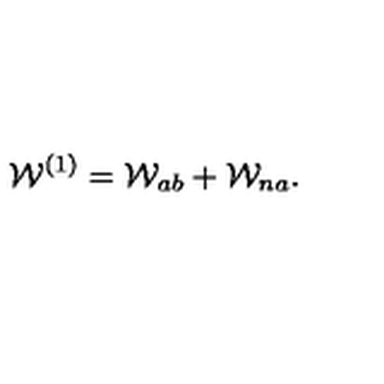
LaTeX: { \cal W } ^ { ( 1 ) } = { \cal W } _ { a b } + { \cal W } _ { n a } .